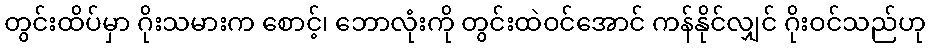
တွင်းထိပ်မှာ ဂိုးသမားက စောင့်၊ ဘောလုံးကို တွင်းထဲဝင်အောင် ကန်နိုင်လျှင် ဂိုးဝင်သည်ဟု